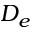
D _ { e }